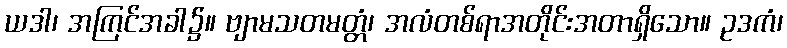
ယဒါ၊ အကြင်အခါ၌။ ဗျာမသတမတ္တံ၊ အလံတစ်ရာအတိုင်းအတာရှိသော။ ဥဒကံ၊